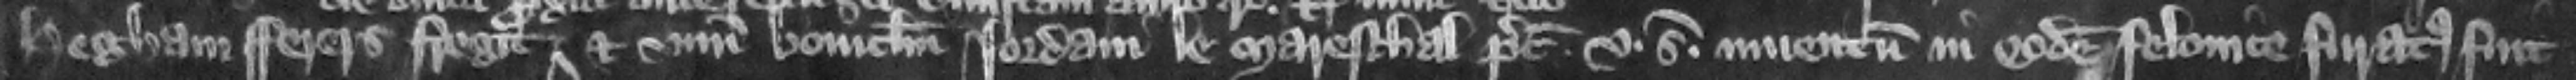
Hegham Ferers fregit et num bouiculum lordani le Mareschal precil .v. solidorum inuentum in eodem felonice furatus fuit.